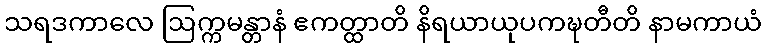
သရဒကာလေ ဩက္ကမန္တာနံ ဧကတ္ထာတိ နိရယာယုပကဍ္ဎတီတိ နာမကာယံ